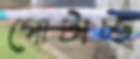
গোটাচ্ছ